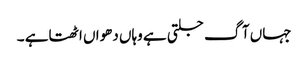
جہاں آگ جلتی ہے وہاں دھواں اٹھتاہے ۔